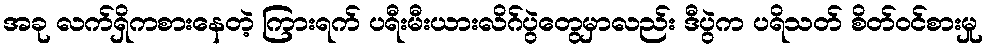
အခု လက်ရှိကစားနေတဲ့ ကြားရက် ပရီးမီးယားလိဂ်ပွဲတွေမှာလည်း ဒီပွဲက ပရိသတ် စိတ်ဝင်စားမှု